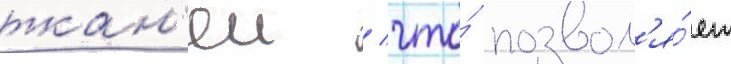
ткан'еи / что́ позвол'я́ет